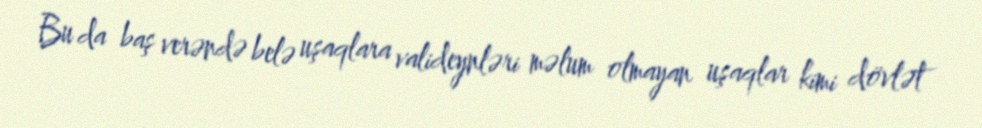
Bu da baş verəndə belə uşaqlara valideynləri məlum olmayan uşaqlar kimi dövlət